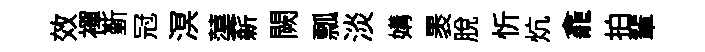
效襌斳冠溟蕖薪闕瓢淡媾褁脱忻炕龕拍輩